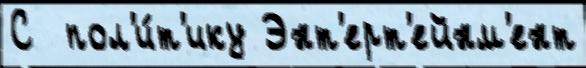
С  пол'и́т'ику Энт'ерт'ейнм'ент